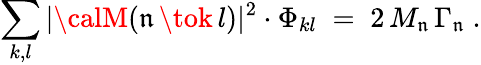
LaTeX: \sum_{k,l}|{\calM}(\mathfrak{n}\, \tok\, l)|^{2}\cdot\Phi_{kl}\; =\; 2\, M_{\mathfrak{n}}\, \Gamma_{\mathfrak{n}}\; .